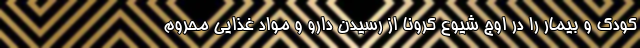
کودک و بیمار را در اوج شیوع کرونا از رسیدن دارو و مواد غذایی محروم